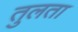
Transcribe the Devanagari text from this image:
तुलता